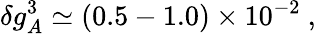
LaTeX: \delta g_{A}^{3}\simeq(0.5-1.0)\times 10^{-2}\ ,